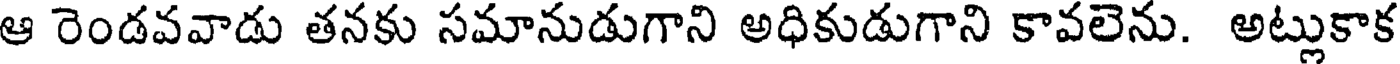
ఆ రెండవవాడు తనకు సమానుడుగాని అధికుడుగాని కావలెను. అట్లుకాక